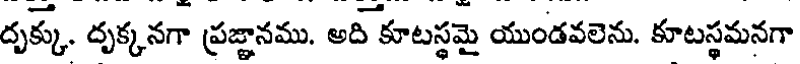
దృక్కు. దృక్కనగా ప్రజ్ఞానము. అది కూటస్థమై యుండవలెను. కూటస్థమనగా